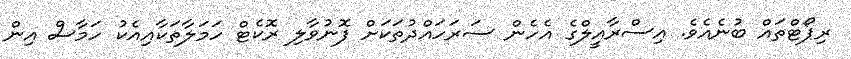
ރިޕޯޓްތައް ބުނެއެވެ. އިސްރާއީލްގެ އެހެން ސަރަހައްދުތަކަށް ފޮނުވާލި ރޮކެޓް ހަމަލާތަކާއިއެކު ހަމާސް އިން